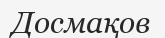
Досмақов